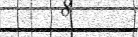
٦٧